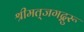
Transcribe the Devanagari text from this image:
श्रीमत्‌जगद्गुरू